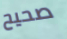
صحيح